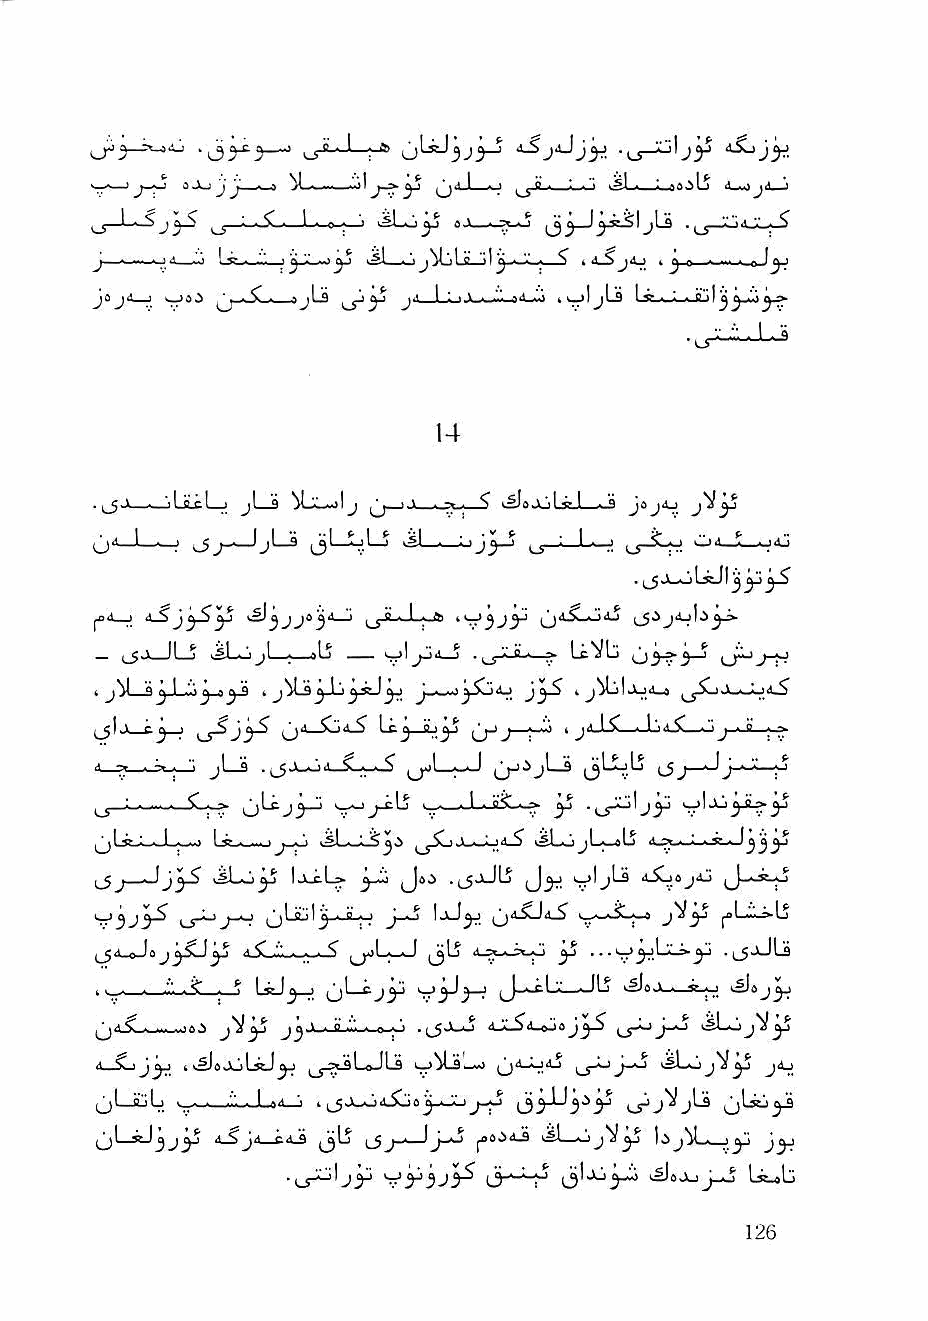
^ g « 1 ;                   d^J^
 'j J j' - ? ■'>)  I ■ ' ^ Q - _— ' d_w0^d^
 —1 ' S ^ ■ .S.' 1 * 0* I ^1—O jj 6 >■!« 7y ^^-J^.S.^1 jLs •-' - ^
 ——a9 clJL^ ^ - ' j 0'{>■'■"■ I- ^ i 4_S k f. Q ^ ■_o_^ ^
 jO jd_^
 —       J"-
 . ^ji jULcI—i jI 3 ^Lil—)lj ^ ■ > ■ -. - ^ lSI.. %',) ^1 . Q jj»j4j jV^
 ((_jii<i _1l _■ ^I jjj_—IIjlj—Lai ^^31l—_^^J.,LL-Sj vSi—i L)J^_j ' L.—,) oii ^ 1 1dJi
 ^<l_l            ^ g ■ 11 ■ .ft)  >d^
 _ ^a_JL_j      )Ij —— ^ljjii_j —» Lc^Lj     j-^
 ij^j^Jj^JsJ^ J_wJ^.So4J        Jo-o il^
 (_5lj e.^ I  Qii Cjd.^ Lc^ (j^J : '"' ' —Jjd.^—oj_iJi—^
 "■ . -» ■ ■ ^L_B . ^V»o A ;1 -I.-. I l5 J ■ 1 j ■! '*' —;i 1
 kj-^ —    o'^ji-' V   V  ^L-a^.-;;;. ^ .^yililj^ yljJiyL^^
 W-> Lg-.^^-iJ-I^ >sLs-LS^.1 Jh-.-Ljd_^ iSLojL^Lj ". I.^. Ij
 ^ |jk^L» ^.'.j .(_5J-JIj ii.5oaj4j
 w>«a jV^j ^ L^'.-jw Ij
 V3J^        (_j Lflli I j ■ ' ;.' j-^
 h j^SiJ ^   ^ i^L;—J jjlj  ^          •i_5-'-^La
 . . ■ - ^ ^ 1^ 1^ ) CJ^      i-cLi—JL? I^SJL..—St^ »S)oj^
 ^4.SC-w»,^^aJ jj ' ■ " "■ - n ■ '■ .(_5-V-o d-XSi-^aj^S vSLojV^
 I^sJ«joLstJ^   kjj^ljL-) ^4_ijij isLoj"^^ ja_i
 ^1 iijLj •_■ ■ ,.n'...-Loa 'i > ^jXMiSiia ^' kXLi ^j)!ji3 ^jUsj^
 (_jl—StJ^j^ 4_SJ<1 C4J ^      kSl—o ^ I.SjM . ,j"l
 ■(J-^Ijy                k^aOuJ_kj Us^Li